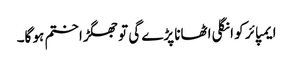
ایمپائر کو انگلی اٹھانا پڑے گی تو جھگڑا ختم ہو گا۔